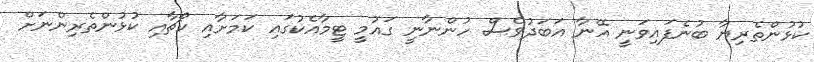
ކުޅުންތެރިޔާ ބުނެފައިވަނީ އޭނާ އަބަދުވެސް ހުންނާނީ ގައުމީ ޓީމާއެކުގައި ކަމަށާއި ކޯޗާއި ކުޅުންތެރިންނަށް